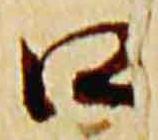
口